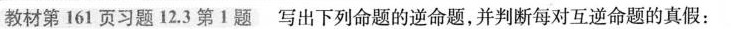
教材第161页习题12.3第1题写出下列命题的逆命题，并判断每对互逆命题的真假：